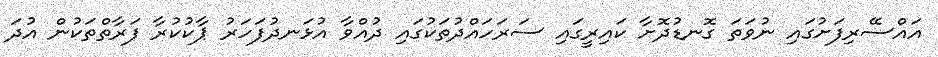
އައްސޭރިފަށުގައި ނުވަތަ ގޮނޑުދޮށާ ކައިރީގައި ސަރަހައްދުތަކުގައި ދުއްވާ އުޅަނދުފަހަރު ޕާކުކުރާ ފަރާތްތަކުން އުދަ